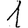
Digit: 1